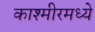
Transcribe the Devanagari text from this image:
काश्‍मीरमध्ये